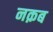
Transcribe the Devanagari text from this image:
नक़ब